Burma Government Medical School reports 1923-41
Year: 1923
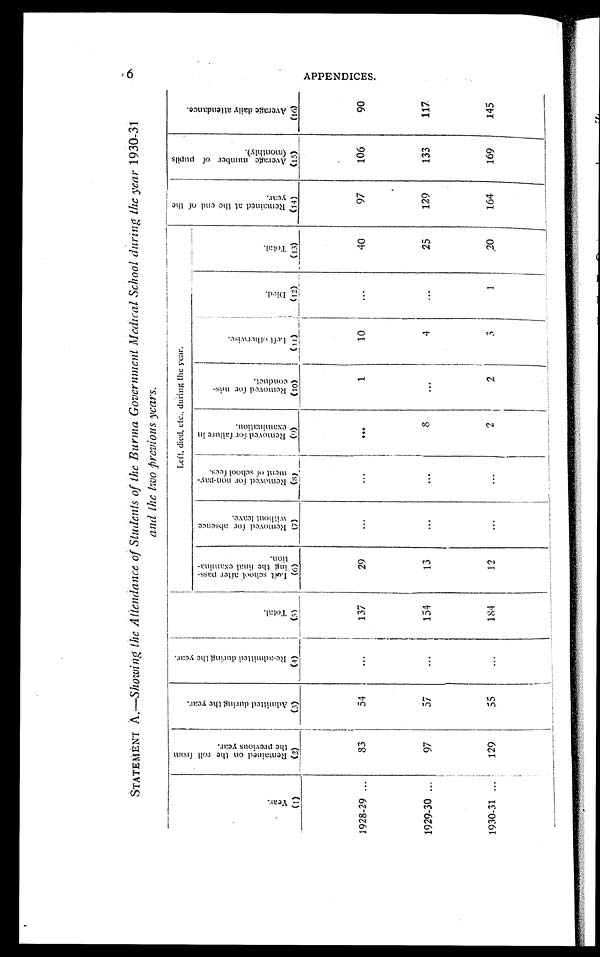
STATEMENT A.—Showing the Attendance of Students of the Burma Government Medical School during the year 1930-31
and the two previous years.
6
Y e a r .
( 1 )
R e m a i n e d o n t h e r o l l f r o m t h e p r e v i o u s y e a r .
( 2 )
A d m i t t e d d u r i n g t h e y e a r .
( 3 )
R e - a d m i t t e d d u r i n g t h e y e a r .
( 4 )
T o t a l .
( 5 )
Left , di ed, ect . , duri ng t he year.
R e m a i n e d a t t h e e n d o f t h e y e a r .
( 1 4 )
A v e r a g e n u m b e r o f p u p i l s ( m o n t h l y ) .
( 1 5 )
A v e r a g e d a i l y a t t e n d a n c e .
( 1 6 )
L e f t s c h o o l a f t e r p a s s - i n g t h e f i n a l e x a m i n a - t i o n .
( 6 )
R e m o v e d f o r a b s e n c e w i t h o u t l e a v e .
( 7 )
R e m o v e d f o r n o n - p a y - m e n t o f s c h o o l f e e s .
( 8 )
R e m o v e d f o r f a i l u r e i n e x a m i n a t i o n .
( 9 )
R e m o v e d f o r m i s - c o n d u c t .
( 1 0 )
L e f t o t h e r w i s e .
( 1 1 )
D i e d .
( 1 2 )
T o t a l .
( 1 3 )
1928-29
83
54
...
137
29
...
...
. . .
1
10
. . . 40
97
106
90
1929-30
97
57
...
154
13
...
...
8
...
4
...
25
129
133
117
1930-31
129
55
...
184
12
...
...
2
2
3
1
20
164
169
145
A P P E N D I C E S .